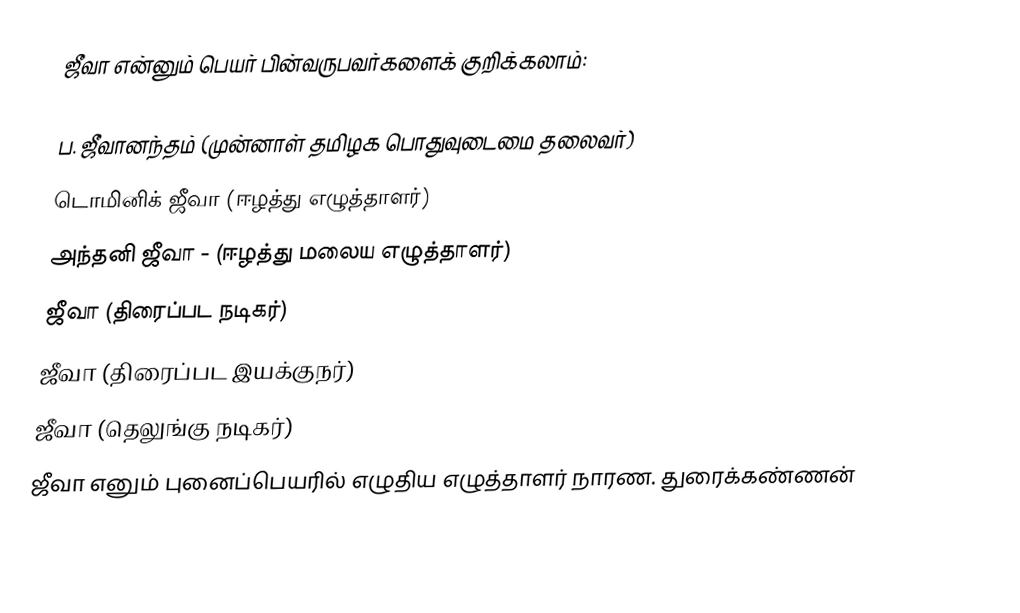
ஜீவா என்னும் பெயர் பின்வருபவர்களைக் குறிக்கலாம்:

 ப. ஜீவானந்தம் (முன்னாள் தமிழக பொதுவுடைமை தலைவர்)
 டொமினிக் ஜீவா (ஈழத்து எழுத்தாளர்)
 அந்தனி ஜீவா - (ஈழத்து மலைய எழுத்தாளர்)
 ஜீவா (திரைப்பட நடிகர்)
 ஜீவா (திரைப்பட இயக்குநர்)
 ஜீவா (தெலுங்கு நடிகர்)
 ஜீவா எனும் புனைப்பெயரில் எழுதிய எழுத்தாளர் நாரண. துரைக்கண்ணன்